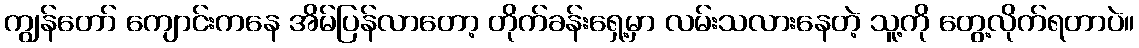
ကျွန်တော် ကျောင်းကနေ အိမ်ပြန်လာတော့ တိုက်ခန်းရှေ့မှာ လမ်းသလားနေတဲ့ သူ့ကို တွေ့လိုက်ရတာပဲ။